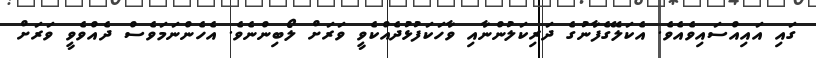
ގައި އައިއްސައިވެއެވެ. އެކަލޭގެފާނުގެ ދަރިކަލުންނާއި ވާހަކަފުޅުދެއްކެވީ ވަރަށް ލޯބިންނެވެ. އެހެންނަމަވެސް ދެއްވެވީ ވަރަށް